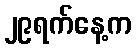
၂၉ရက်နေ့က